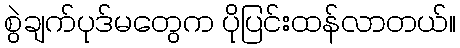
စွဲချက်ပုဒ်မတွေက ပိုပြင်းထန်လာတယ်။